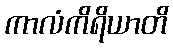
ကာလံကိရိယာတိ